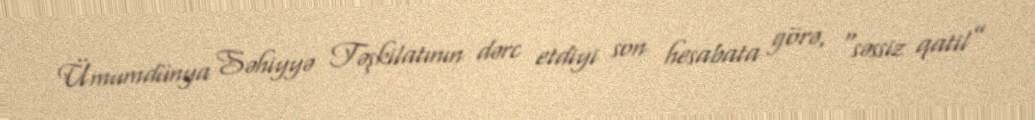
Ümumdünya Səhiyyə Təşkilatının dərc etdiyi son hesabata görə, “səssiz qatil”